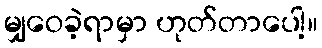
မျှဝေခဲ့ရာမှာ ဟုတ်တာပေါ့။